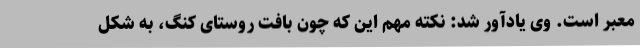
معبر است. وی یادآور شد: نکته مهم این که چون بافت روستای کنگ، به شکل